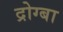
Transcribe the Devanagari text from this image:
द्रोग्बा